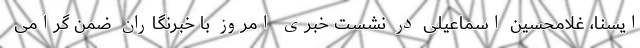
ایسنا، غلامحسین اسماعیلی در نشست خبری امروز با خبرنگاران ضمن گرامی